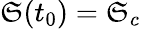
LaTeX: \mathfrak{S}(t_{0})=\mathfrak{S}_{c}